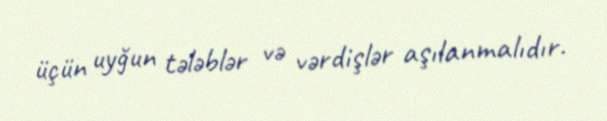
üçün uyğun tələblər və vərdişlər aşılanmalıdır.